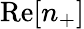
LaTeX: \mathrm{Re}[n_{+}]